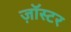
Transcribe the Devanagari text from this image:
ज़ॉस्टर